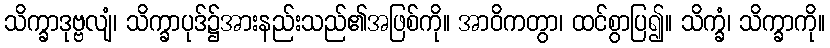
သိက္ခာဒုဗ္ဗလျံ၊ သိက္ခာပုဒ်၌အားနည်းသည်၏အဖြစ်ကို။ အာဝိကတွာ၊ ထင်စွာပြ၍။ သိက္ခံ၊ သိက္ခာကို။